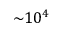
\mathrm { \sim } 1 0 ^ { 4 }